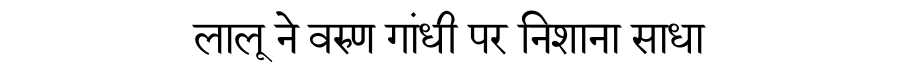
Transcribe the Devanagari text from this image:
लालू ने वरुण गांधी पर निशाना साधा